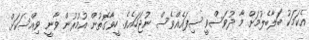
އެކަމަކު ބަލާބެލުމަށް މާ ދުވަސްވީ ސިފައެއްވެސް ނުޖަހައެވެ. ހީވާގޮތުން އުމުރުން ވާނީ ވިއްސަކަށް